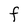
Character: F